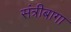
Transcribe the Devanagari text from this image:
संत्रीबागा